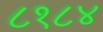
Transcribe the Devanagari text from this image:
८१८४